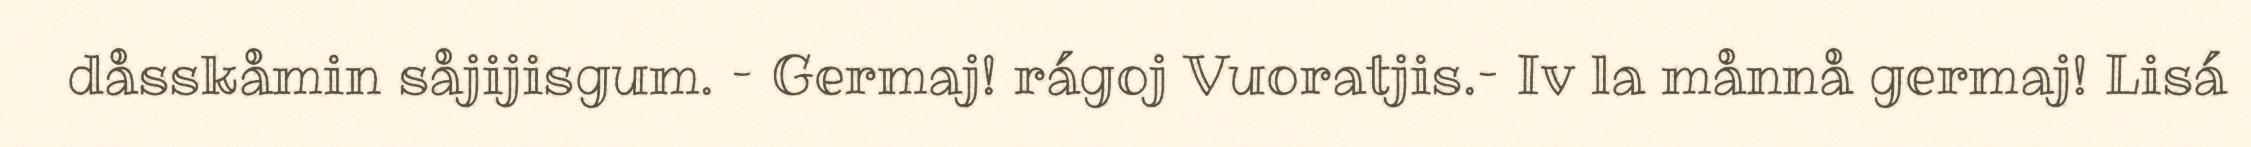
dåsskåmin såjijisgum. – Germaj! rágoj Vuoratjis.– Iv la månnå germaj! Lisá